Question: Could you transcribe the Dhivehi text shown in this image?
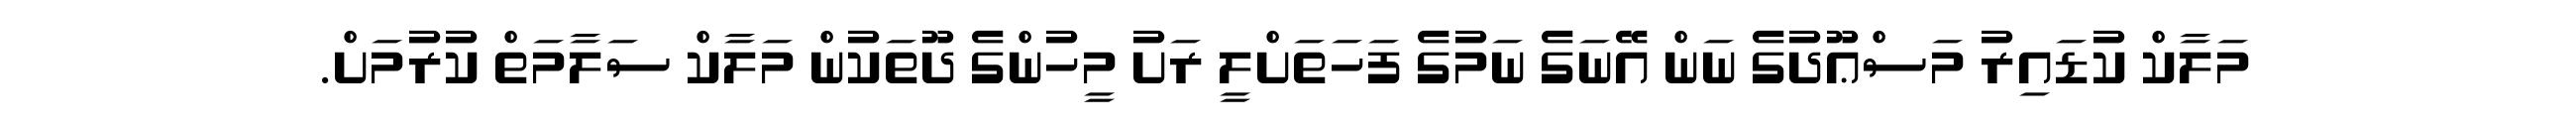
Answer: މަލާކް ކުޑައިރު މަސްޢޫދުގެ ނަން އޭނަގެ ނަމުގެ ފަހަތަށްލީ ރަށު މީހުންގެ ދޫތަކުން މަލާކް ސަލާމަތް ކުރުމަށް.